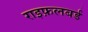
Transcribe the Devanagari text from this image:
राइफ़लबर्ड